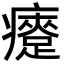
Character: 㿓